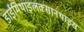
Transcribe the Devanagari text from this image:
डाईमिथाइलक्सानथाइंस